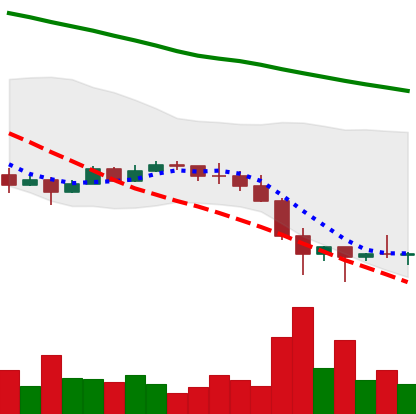
Ticker: EOS-USD
Chart end date: 2022-01-27
Forward return: 6.193%
Label: up_5_7